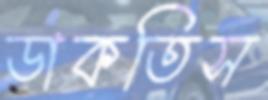
ডাকতিস